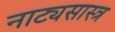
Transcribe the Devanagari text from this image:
नाट्यसास्त्र